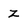
Character: z